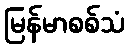
မြန်မာစစ်သံ